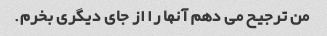
من ترجیح می دهم آنها را از جای دیگری بخرم.